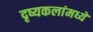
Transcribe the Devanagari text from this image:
दृष्यकलांमध्ये